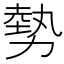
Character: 勢